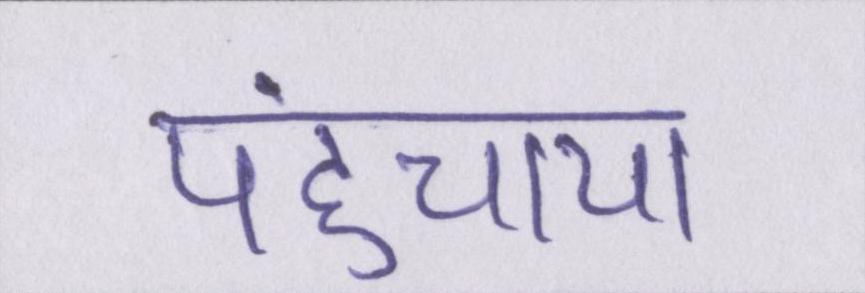
पहुंचाया